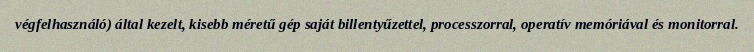
végfelhasználó) által kezelt, kisebb méretű gép saját billentyűzettel, processzorral, operatív memóriával és monitorral.